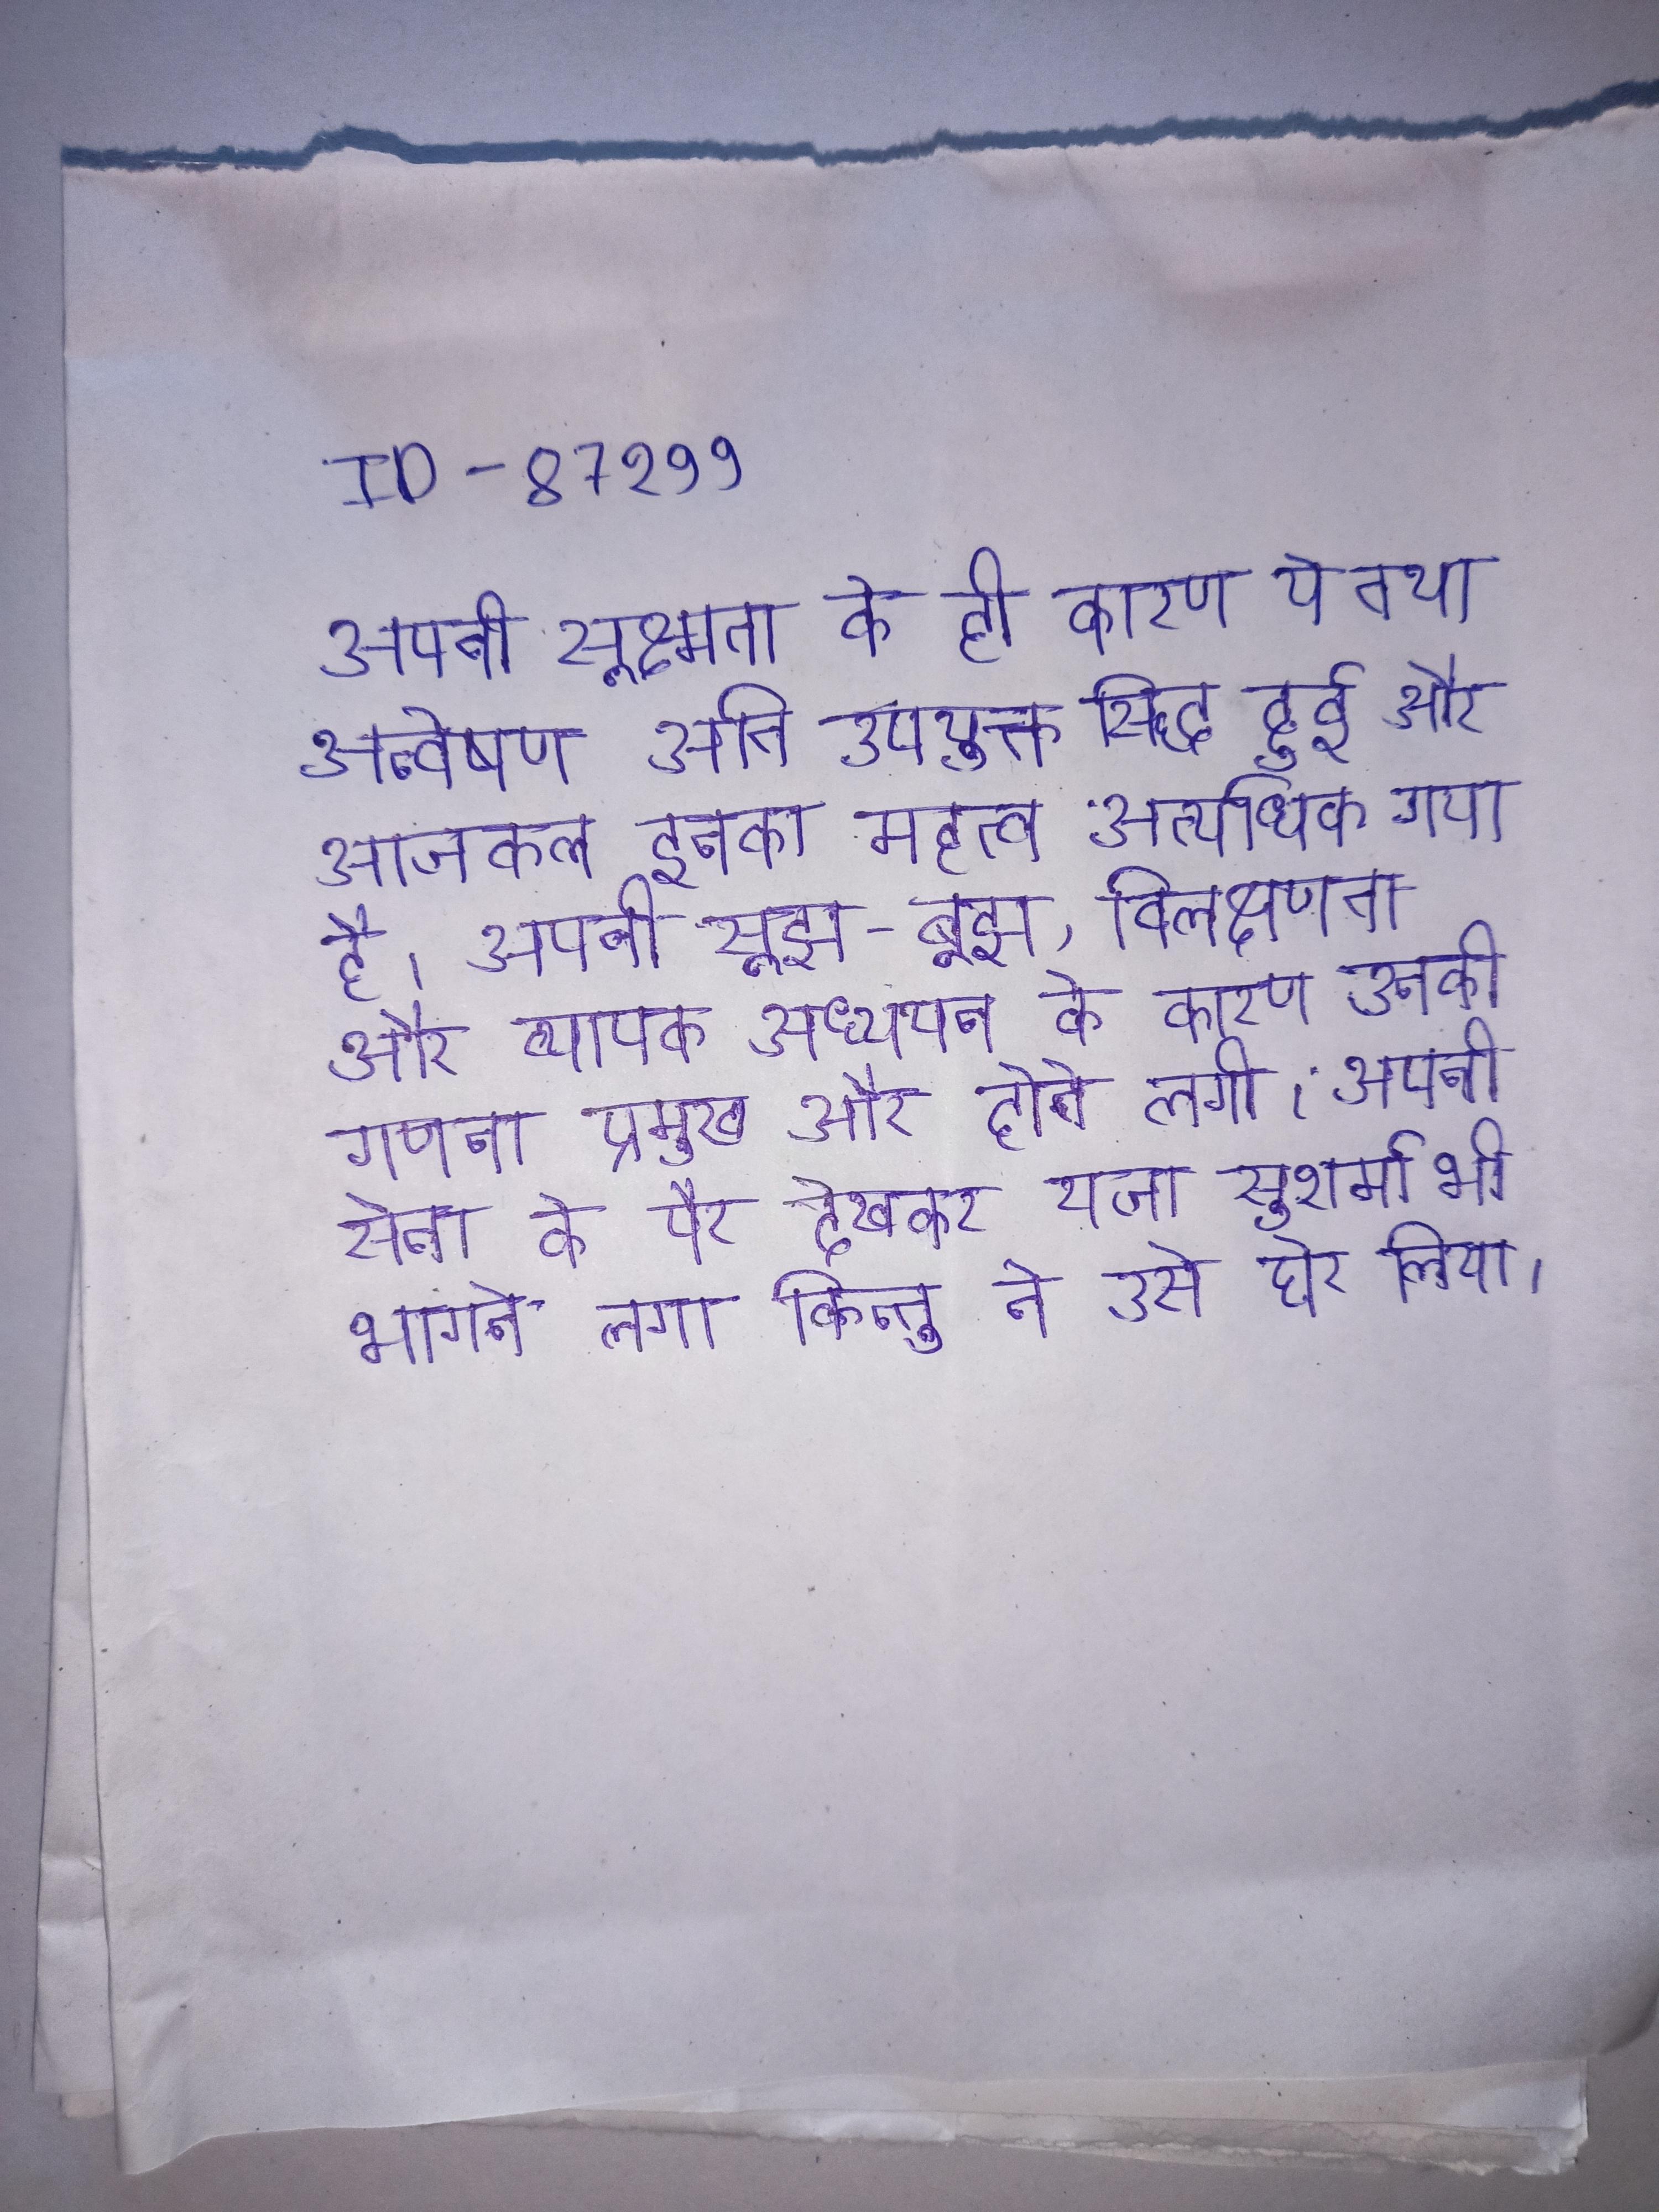
अपनी सूक्ष्मता के ही कारण ये तथा अन्वेषण अति उपयुक्त सिद्ध हुई और आजकल इनका महत्व अत्यधिक गया है । अपनी सूझ-बूझ, विलक्षणता और व्यापक अध्ययन के कारण उनकी गणना प्रमुख और होने लगी । अपनी सेना के पैर देखकर राजा सुशर्मा भी भागने लगा किन्तु ने उसे घेर लिया ।